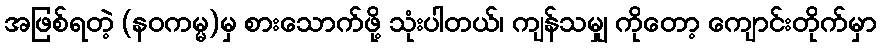
အဖြစ်ရတဲ့ (နဝကမ္မ)မှ စားသောက်ဖို့ သုံးပါတယ်၊ ကျန်သမျှ ကိုတော့ ကျောင်းတိုက်မှာ